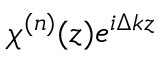
{ { \chi } ^ { ( n ) } } ( z ) { { e } ^ { i \Delta k z } }